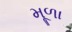
મૂળા